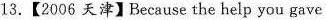
13.【2006 天津】Because the help you gave